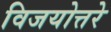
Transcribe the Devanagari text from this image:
विजयोत्तरे